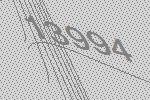
13994